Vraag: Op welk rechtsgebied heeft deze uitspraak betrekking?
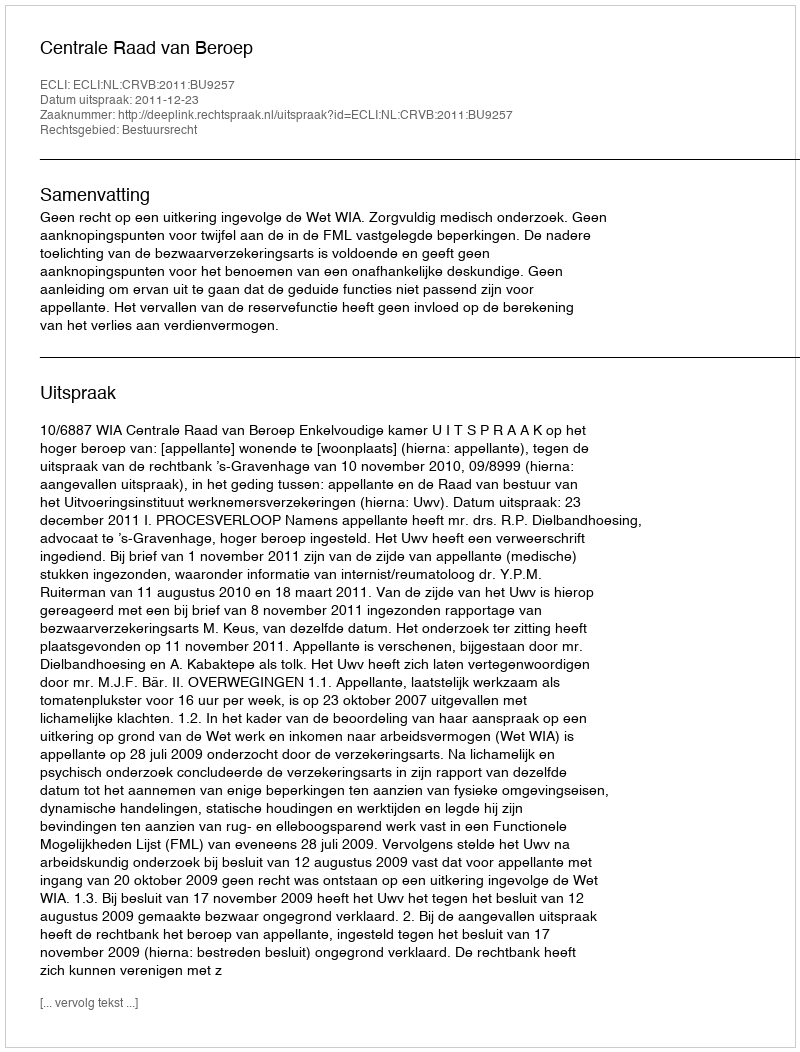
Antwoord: Bestuursrecht